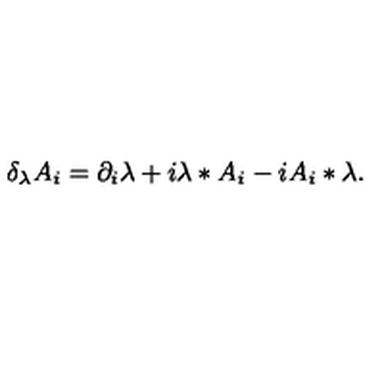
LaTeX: \delta _ { \lambda } A _ { i } = \partial _ { i } \lambda + i \lambda * A _ { i } - i A _ { i } * \lambda .